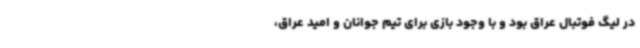
در لیگ فوتبال عراق بود و با وجود بازی برای تیم جوانان و امید عراق،